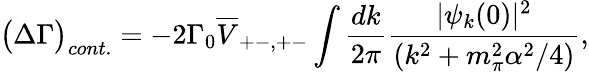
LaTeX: \big(\Delta\Gamma\big)_{cont.}=-2\Gamma_{0}\overline{{V}}_{+-,+-}\int\frac{dk}{2\pi}\frac{\vert\psi_{k}(0)\vert^{2}}{(k^{2}+m_{\pi}^{2}\alpha^{2}/4)},